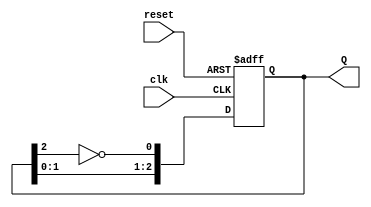
module JohnsonCounter #(parameter N = 3) (
    input wire clk,          // Clock signal
    input wire reset,        // Asynchronous reset signal
    output reg [N-1:0] Q     // Output state of the counter
);

    // Internal signal for the inverted output of the last flip-flop
    wire feedback;

    // Assign feedback as the inverted output of the last flip-flop
    assign feedback = ~Q[N-1];

    // Sequential logic for the Johnson counter
    always @(posedge clk or posedge reset) begin
        if (reset) begin
            // Asynchronous reset
            Q <= 0;
        end else begin
            // Shift the state and feed back the inverted last flip-flop output
            Q <= {Q[N-2:0], feedback};
        end
    end

endmodule